65_HS1-834228961_62-HQ-83894_Serial_130
Agency: FBI
Page 89
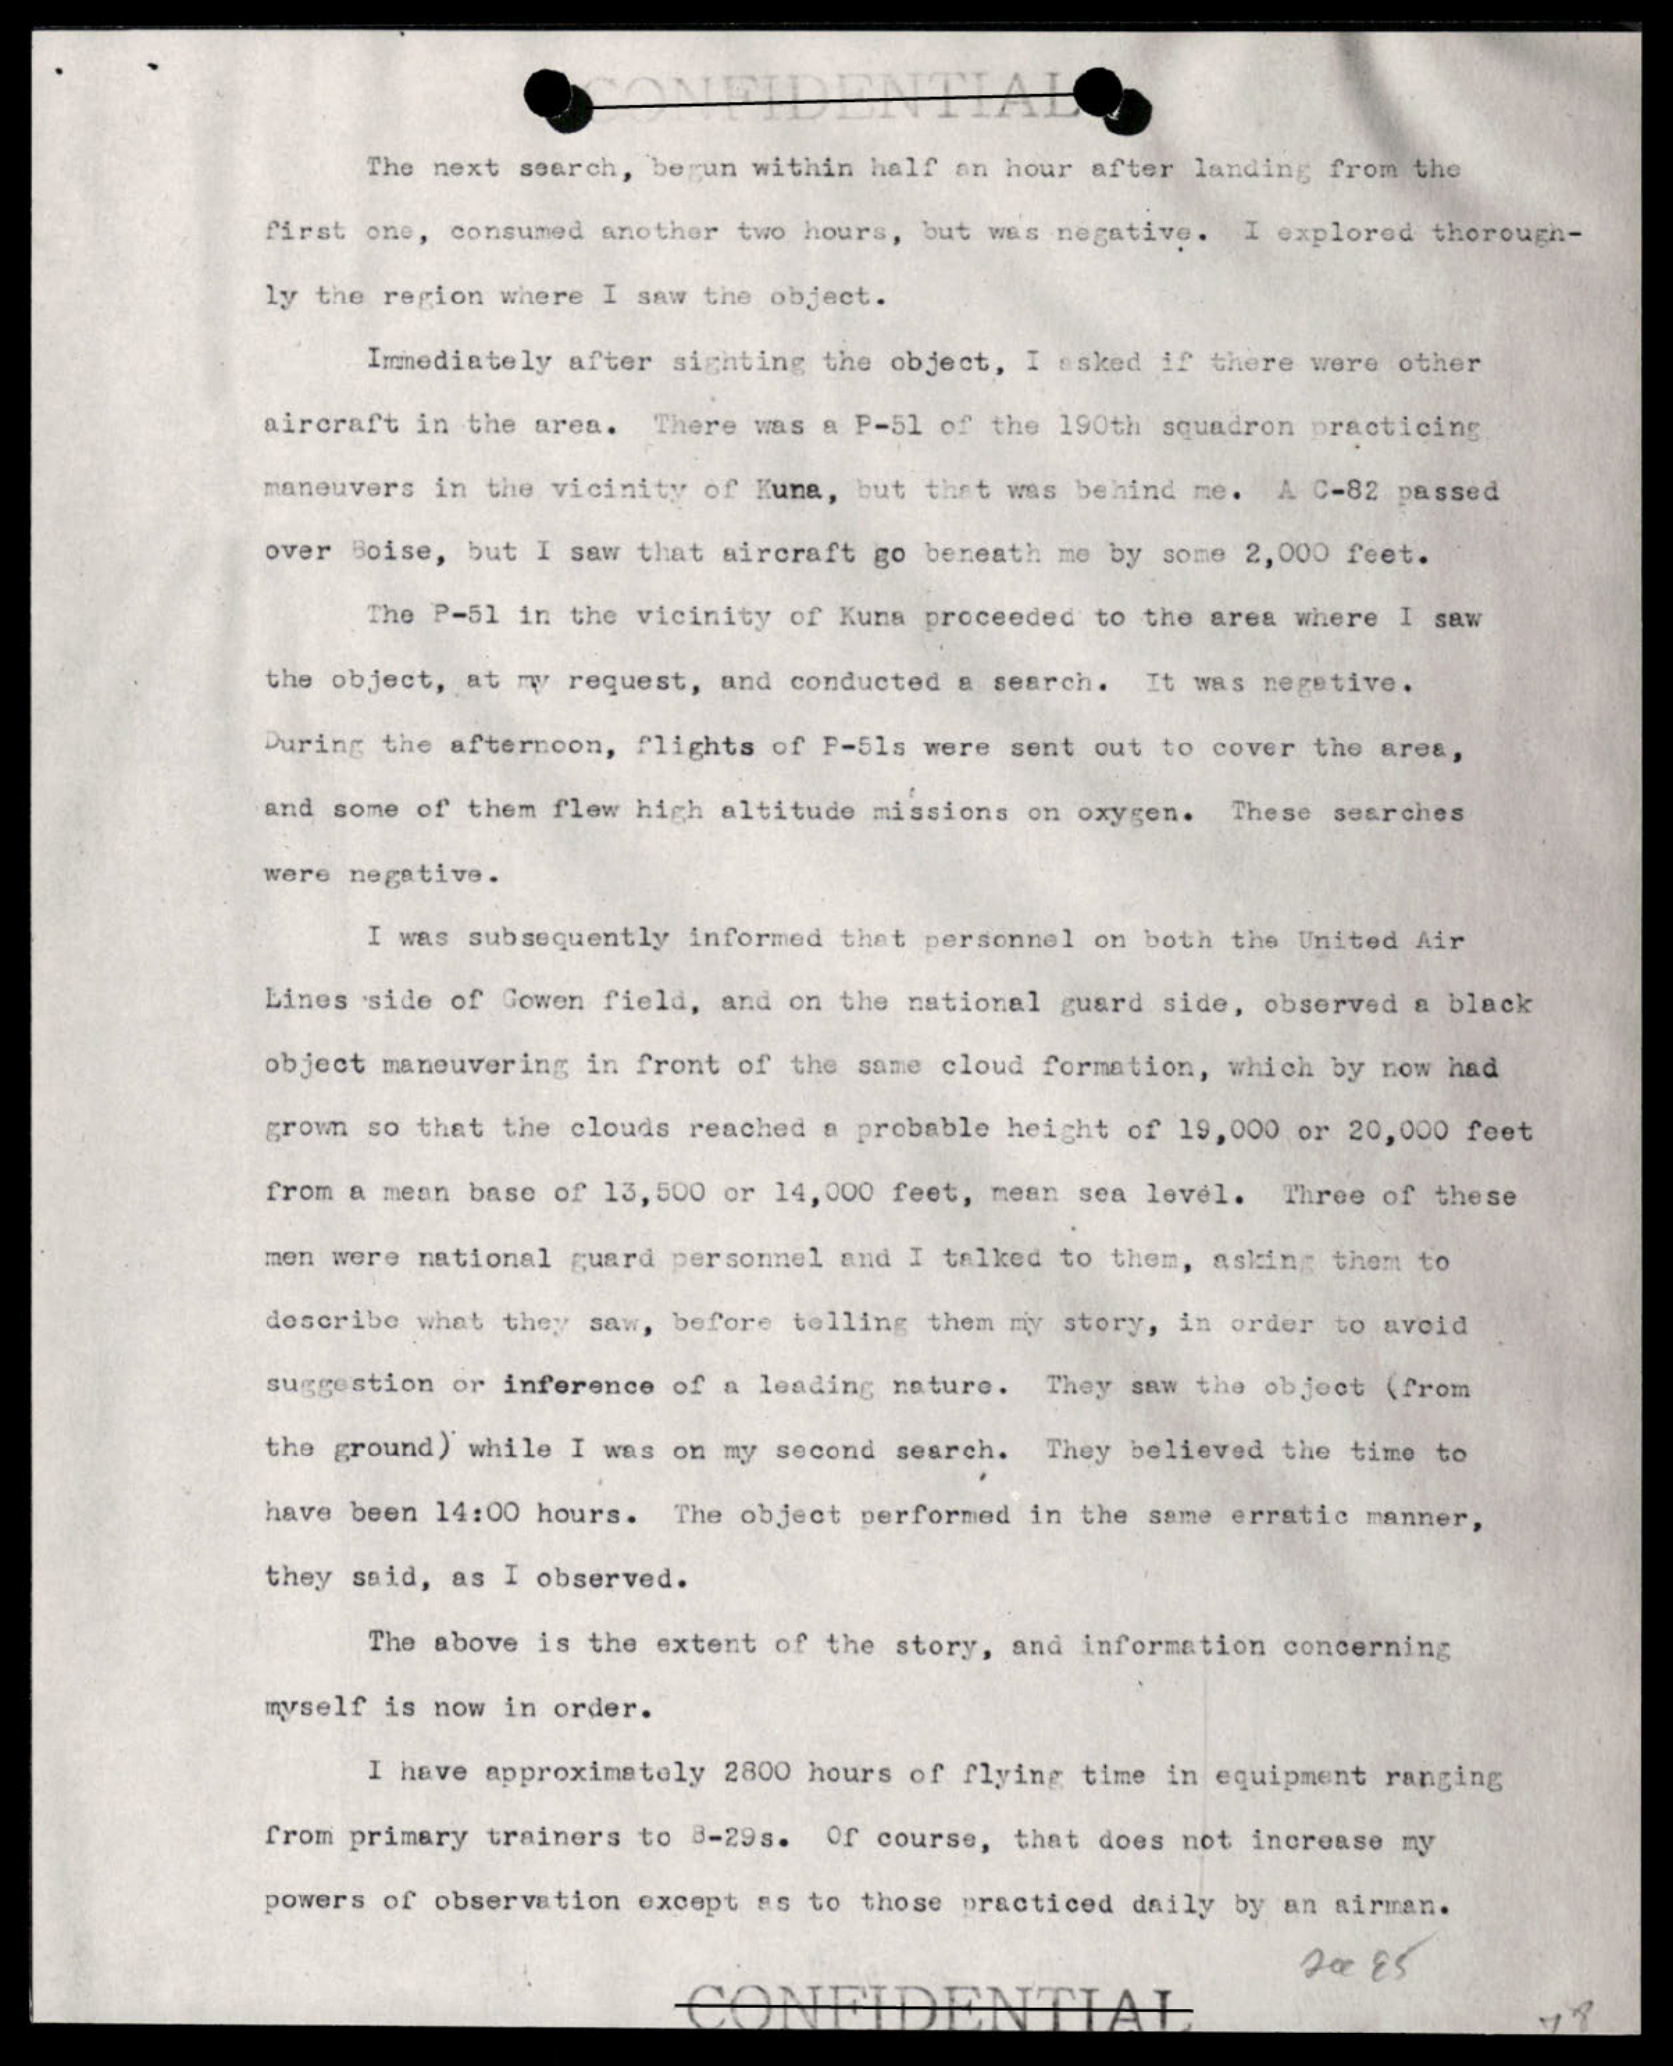